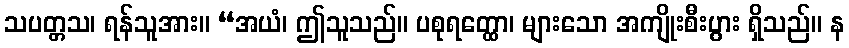
သပတ္တသ၊ ရန်သူအား။ “အယံ၊ ဤသူသည်။ ပစုရတ္ထော၊ များသော အကျိုးစီးပွား ရှိသည်။ န